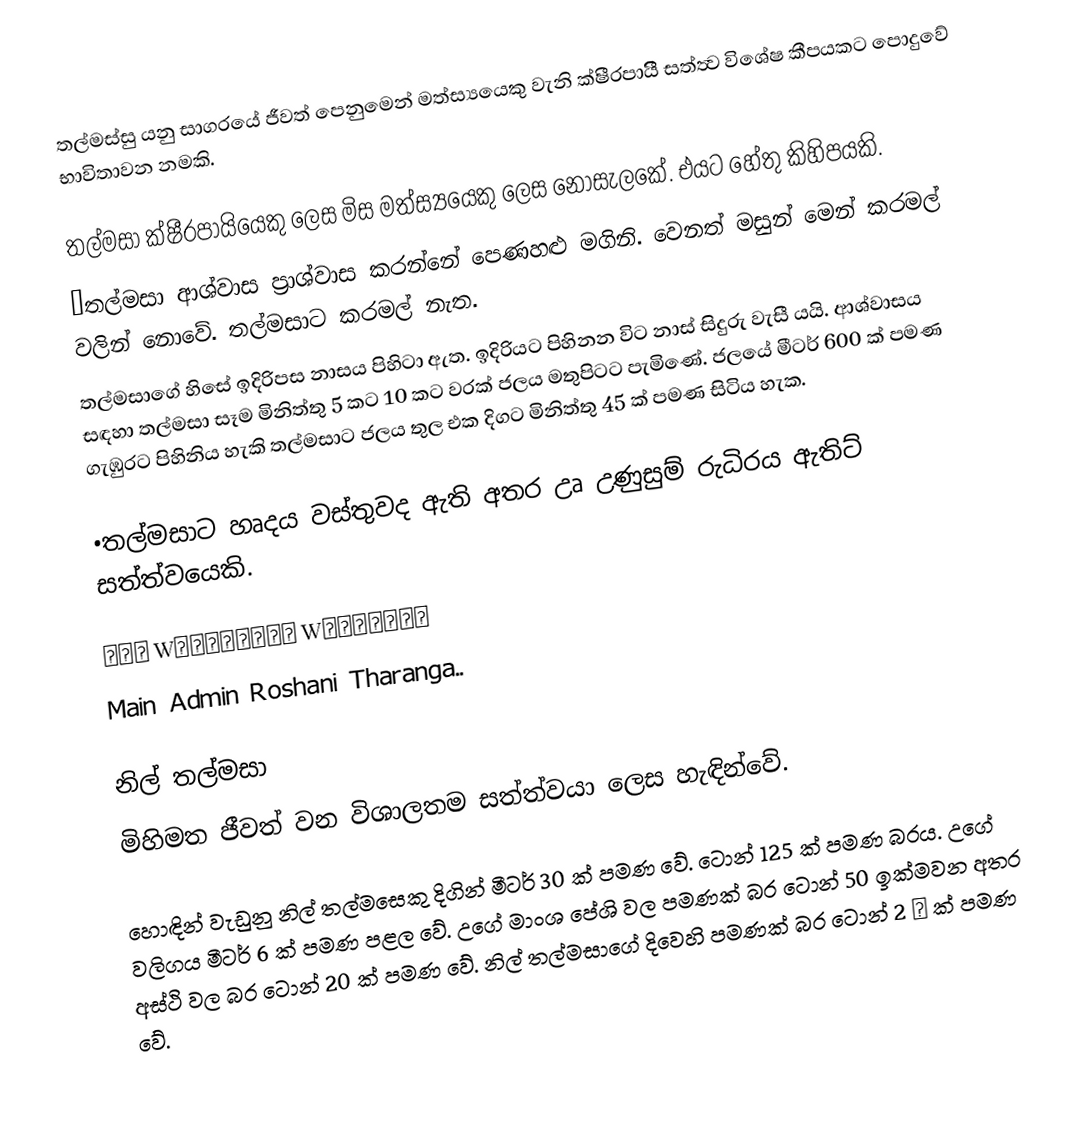
තල්මස්සු යනු සාගරයේ ජීවත් පෙනුමෙන් මත්ස්‍යයෙකු වැනි ක්ෂීරපායිී සත්ත්‍ව විශේෂ කීපයකට පොදුවේ භාවිතාවන නමකි.

තල්මසා ක්ෂීරපායියෙකු ලෙස මිස මත්ස්‍යයෙකු ලෙස නොසැලකේ. එයට හේතු කිහිපයකි.
•තල්මසා ආශ්වාස ප්‍රාශ්වාස කරන්නේ පෙණහළු මගිනි. වෙනත් මසුන් මෙන් කරමල් වලින් නොවේ. තල්මසාට කරමල් නැත.
තල්මසාගේ හිසේ ඉදිරිපස නාසය පිහිටා ඇත. ඉදිරියට පිහිනන විට නාස් සිදුරු වැසී යයි.  ආශ්වාසය සඳහා තල්මසා සෑම මිනිත්තු 5 කට 10 කට වරක් ජලය මතුපිටට පැමිණේ. ජලයේ මීටර් 600 ක් පමණ ගැඹුරට පිහිනිය හැකි තල්මසාට ජලය තුල එක දිගට මිනිත්තු 45 ක් පමණ සිටිය හැක.

•තල්මසාට හෘදය වස්තුවද ඇති අතර උෘ උණුසුම් රුධිරය ඇතිට් සත්ත්වයෙකි.

📌🌏💯 Wの刀り乇尺ｷひﾚ Wの尺ﾚり💯🌏📌
Main Admin Roshani Tharanga..

නිල් තල්මසා
මිහිමත ජීවත් වන විශාලතම සත්ත්වයා ලෙස හැඳින්වේ.

හොඳින් වැඩුනු නිල් තල්මසෙකු දිගින් මීටර් 30 ක් පමණ වේ. ටොන් 125 ක් පමණ බරය. උගේ වලිගය මීටර් 6 ක් පමණ පළල වේ. උගේ මාංශ පේශි වල පමණක් බර ටොන් 50 ඉක්මවන අතර අස්ථි වල බර ටොන් 20 ක් පමණ වේ.  නිල් තල්මසාගේ දිවෙහි පමණක් බර ටොන් 2 ½ ක් පමණ වේ.